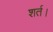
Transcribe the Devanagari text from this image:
शर्त।